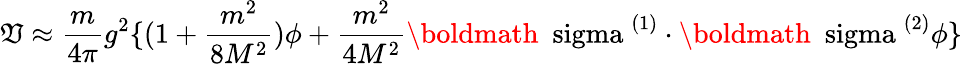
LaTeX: \mathfrak{V}\approx\frac{{m}}{{4\pi}}g^{2}\{ (1+\frac{{m^{2}}}{{8M^{2}}})\phi+\frac{{m^{2}}}{{4M^{2}}}\mathrm{{\boldmath~\ sigma~}}^{(1)}\cdot\mathrm{{\boldmath~\ sigma~}}^{(2)}\phi\}